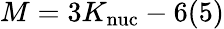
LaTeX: M=3K_{\mathrm{nuc}}-6(5)